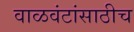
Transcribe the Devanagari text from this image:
वाळवंटांसाठीच